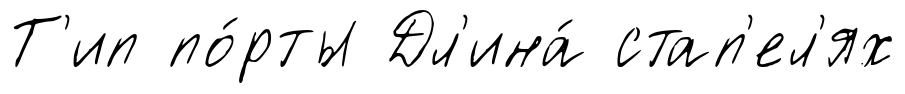
Т'ип по́рты Дл'ина́ стап'ел'ях